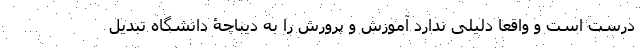
درست است و واقعا دلیلی ندارد آموزش و پرورش را به دیباچۀ دانشگاه تبدیل